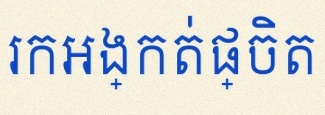
រកអង្កត់ផ្ចិត